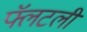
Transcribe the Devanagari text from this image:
फ्लॅटली